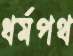
ধর্মপথ